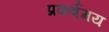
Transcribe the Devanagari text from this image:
प्रकर्षमय